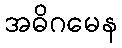
အဓိဂမေန